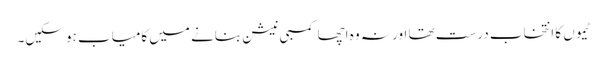
ٹیموں کا انتخاب درست تھا اور نہ وہ اچھا کمبی نیشن بنانے میں کامیاب ہو سکیں۔